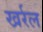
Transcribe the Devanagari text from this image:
खर्रल